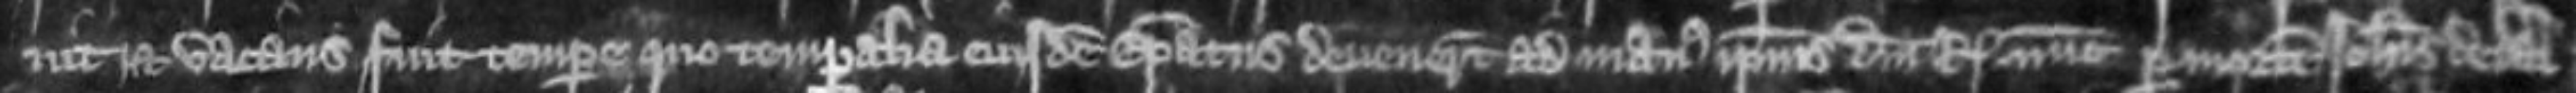
vit et vacans fuit tempore quo temporalia eiusdem episcopatus devenerunt ad manus ipsius domini regis nunc per mortem Johannis de Dal